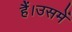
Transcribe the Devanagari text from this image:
हैं।उसमें